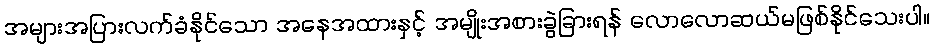
အများအပြားလက်ခံနိုင်သော အနေအထားနှင့် အမျိုးအစားခွဲခြားရန် လောလောဆယ်မဖြစ်နိုင်သေးပါ။